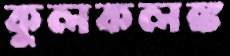
কুলকলঙ্ক